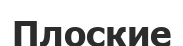
Плоские